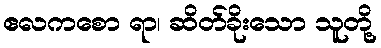
ဧလကစော ရာ၊ ဆိတ်ခိုးသော သူတို့